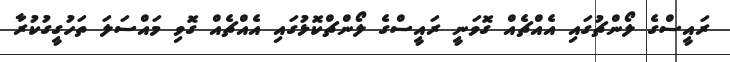
ރައީސްގެ ލޯންޗުގައި އެއްޗެއް ގޮވަނީ ރައީސްގެ ލޯންޗްކޮޅުގައި އެއްޗެއް ގޮވި މައްސަލަ ތަހުގީގުކުރާ